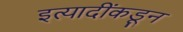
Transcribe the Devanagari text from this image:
इत्यादींकडून